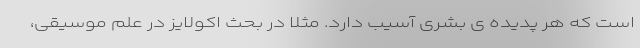
است که هر پدیده ی بشری آسیب دارد. مثلا در بحث اکولایز در علم موسیقی،